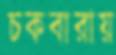
চকবারায়